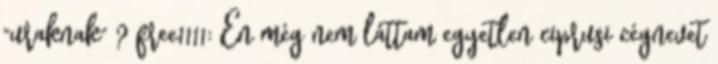
"uraknak" ? free1111: Én még nem láttam egyetlen ciprusi cégnevet